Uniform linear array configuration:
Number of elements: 16
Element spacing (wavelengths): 1
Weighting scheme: exponential
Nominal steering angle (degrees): -45
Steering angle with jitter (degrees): -46.569
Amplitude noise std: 0.05
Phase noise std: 0.05

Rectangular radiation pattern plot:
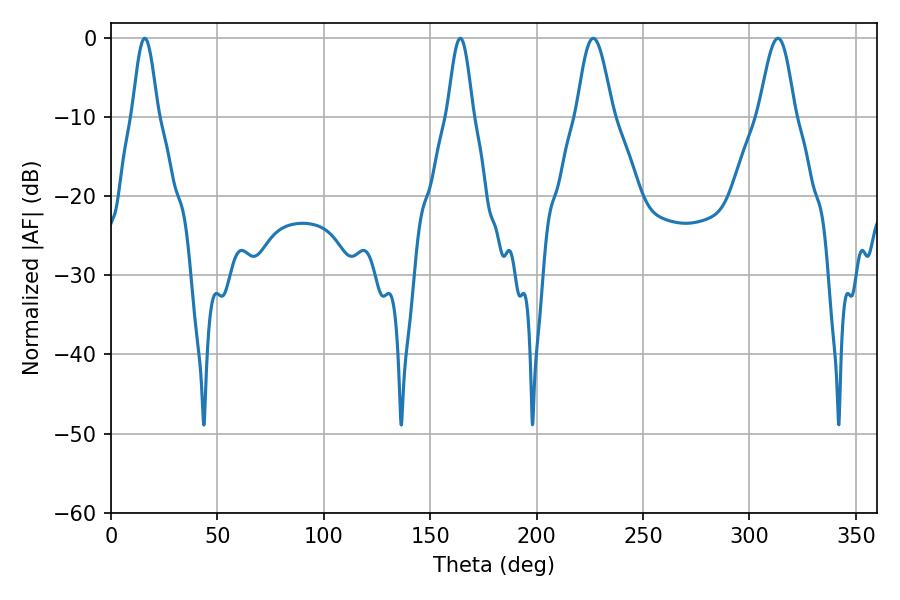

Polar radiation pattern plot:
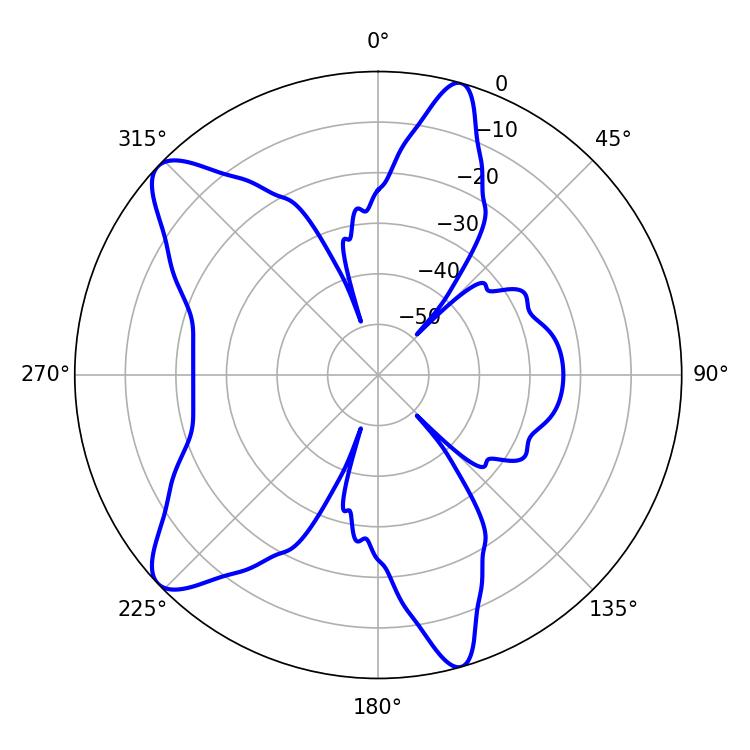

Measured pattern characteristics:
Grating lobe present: TRUE
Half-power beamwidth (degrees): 9
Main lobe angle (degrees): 226.62